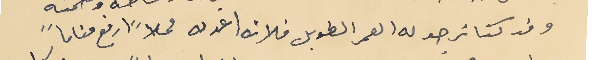
وقد كنا نرجو له العمر الطويل فلانه اعد له محلاً ارفع مقاماً